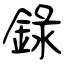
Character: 錄